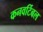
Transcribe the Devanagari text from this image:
कनवर्टिबल